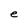
Character: e